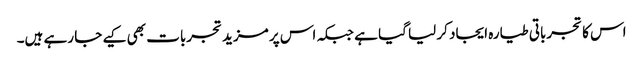
اس کا تجرباتی طیارہ ایجاد کر لیا گیا ہے جبکہ اس پر مزید تجربات بھی کیے جا رہے ہیں۔